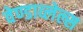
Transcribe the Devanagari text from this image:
वेण्डाव्लेल्स